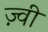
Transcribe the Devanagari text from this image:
ज़्वी